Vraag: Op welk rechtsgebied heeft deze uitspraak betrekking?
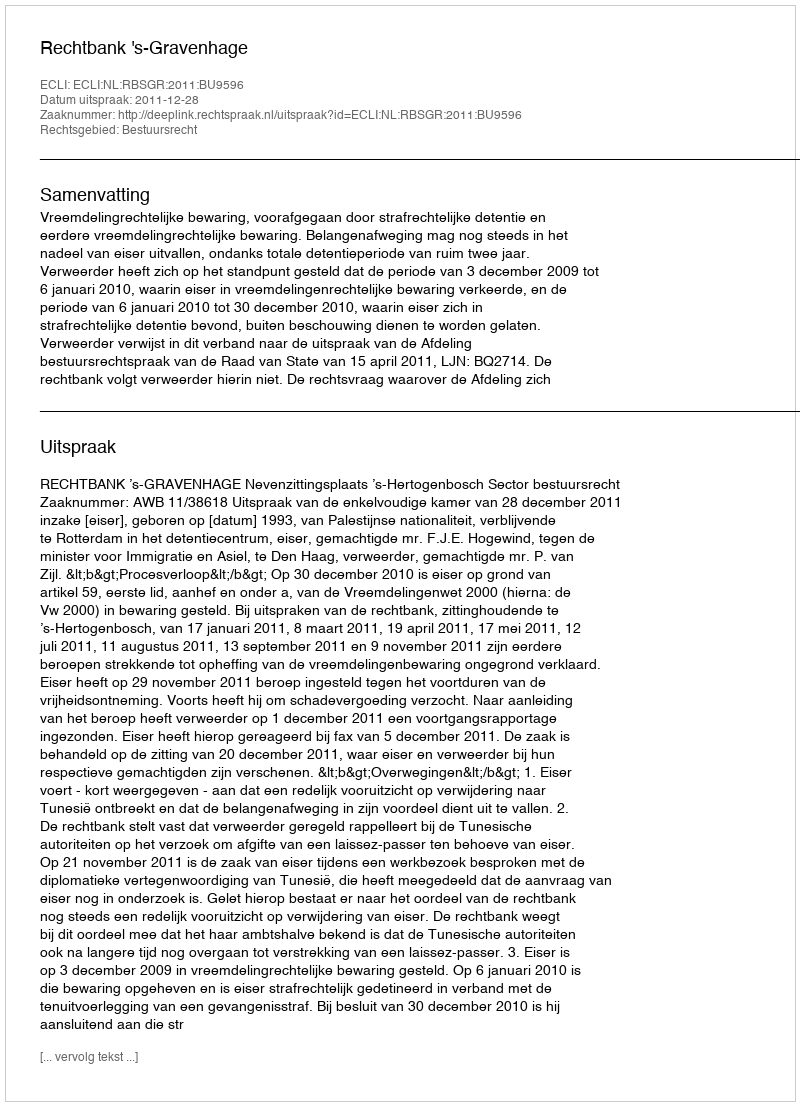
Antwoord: Bestuursrecht